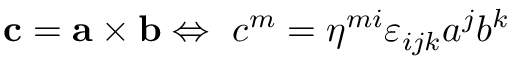
\mathbf { c } = \mathbf { a \times b } \Leftrightarrow \ c ^ { m } = \eta ^ { m i } \varepsilon _ { i j k } a ^ { j } b ^ { k }